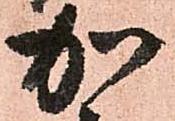
加